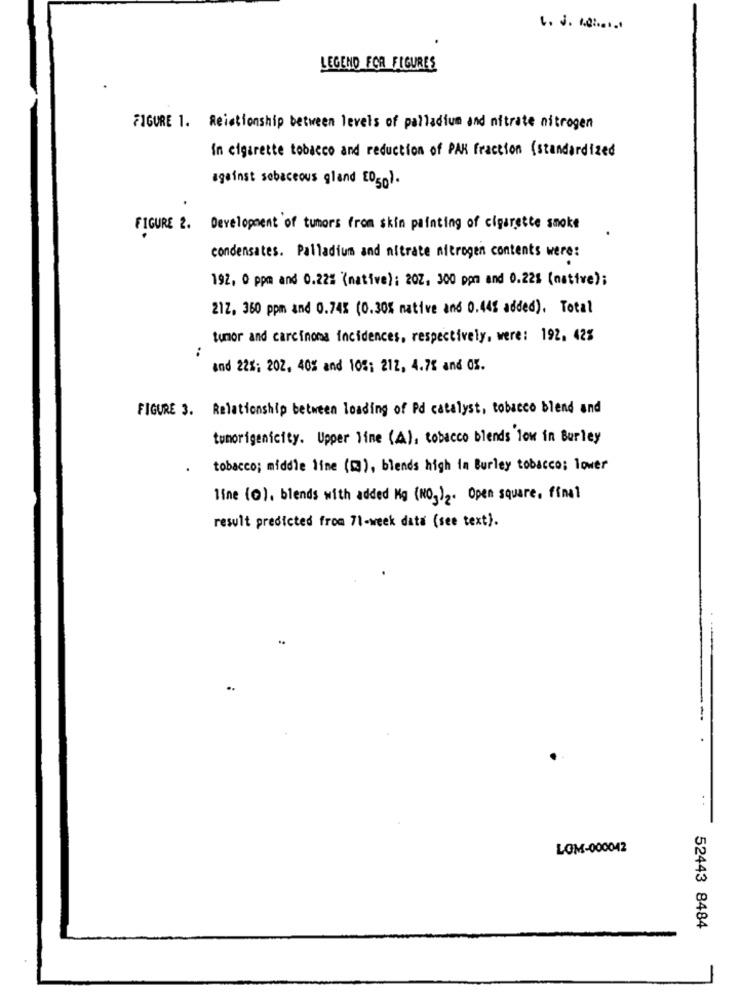
LEGEND FOR FIGURES
FIGURE 1. Reistionship between levels of palladium and nitrate nitrogen
In cigarette tobacco and reduction of PAK fraction (standardized
against sebaceous gland 2050).
FIGURE 2. Development of tumors from skin painting of cigarette smoke
condensates. Palladium and nitrate nitrogen contents were:
192, 0 ppm and 0.22% (native): 202, 300 ppm and 0.22% (native);
212, 350 ppm and 0.74% (0.30% native and 0.44% added). Total
tumor and carcinoma incidences, respectively, were: 192. 42%
:
and 22%; 202, 40% and 105: 212, 4.78 and 0%.
FIGURE 3. Relationship between loading of Pd catalyst, tobacco blend and
tunorigenicity. Upper line (A), tobacco blends low in Burley
tobacco; middle line (3), blends high in Burley tobacco; lover
line (O), blends with added Kg (NO3)2. Open square, final
result predicted from 71-week data (see text).
LOM-000042
52443 8484